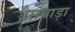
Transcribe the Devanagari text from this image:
बैसवाड़ा